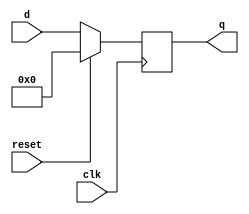
module top_module (
    input           clk,
    input           reset,
    input   [7:0]   d,
    output  [7:0]   q
);

    reg [7:0]   q_r;
    always @(posedge clk) begin
        if (reset)
            q_r <= '0;
        else
            q_r <= d;
    end

    assign q = q_r;

endmodule